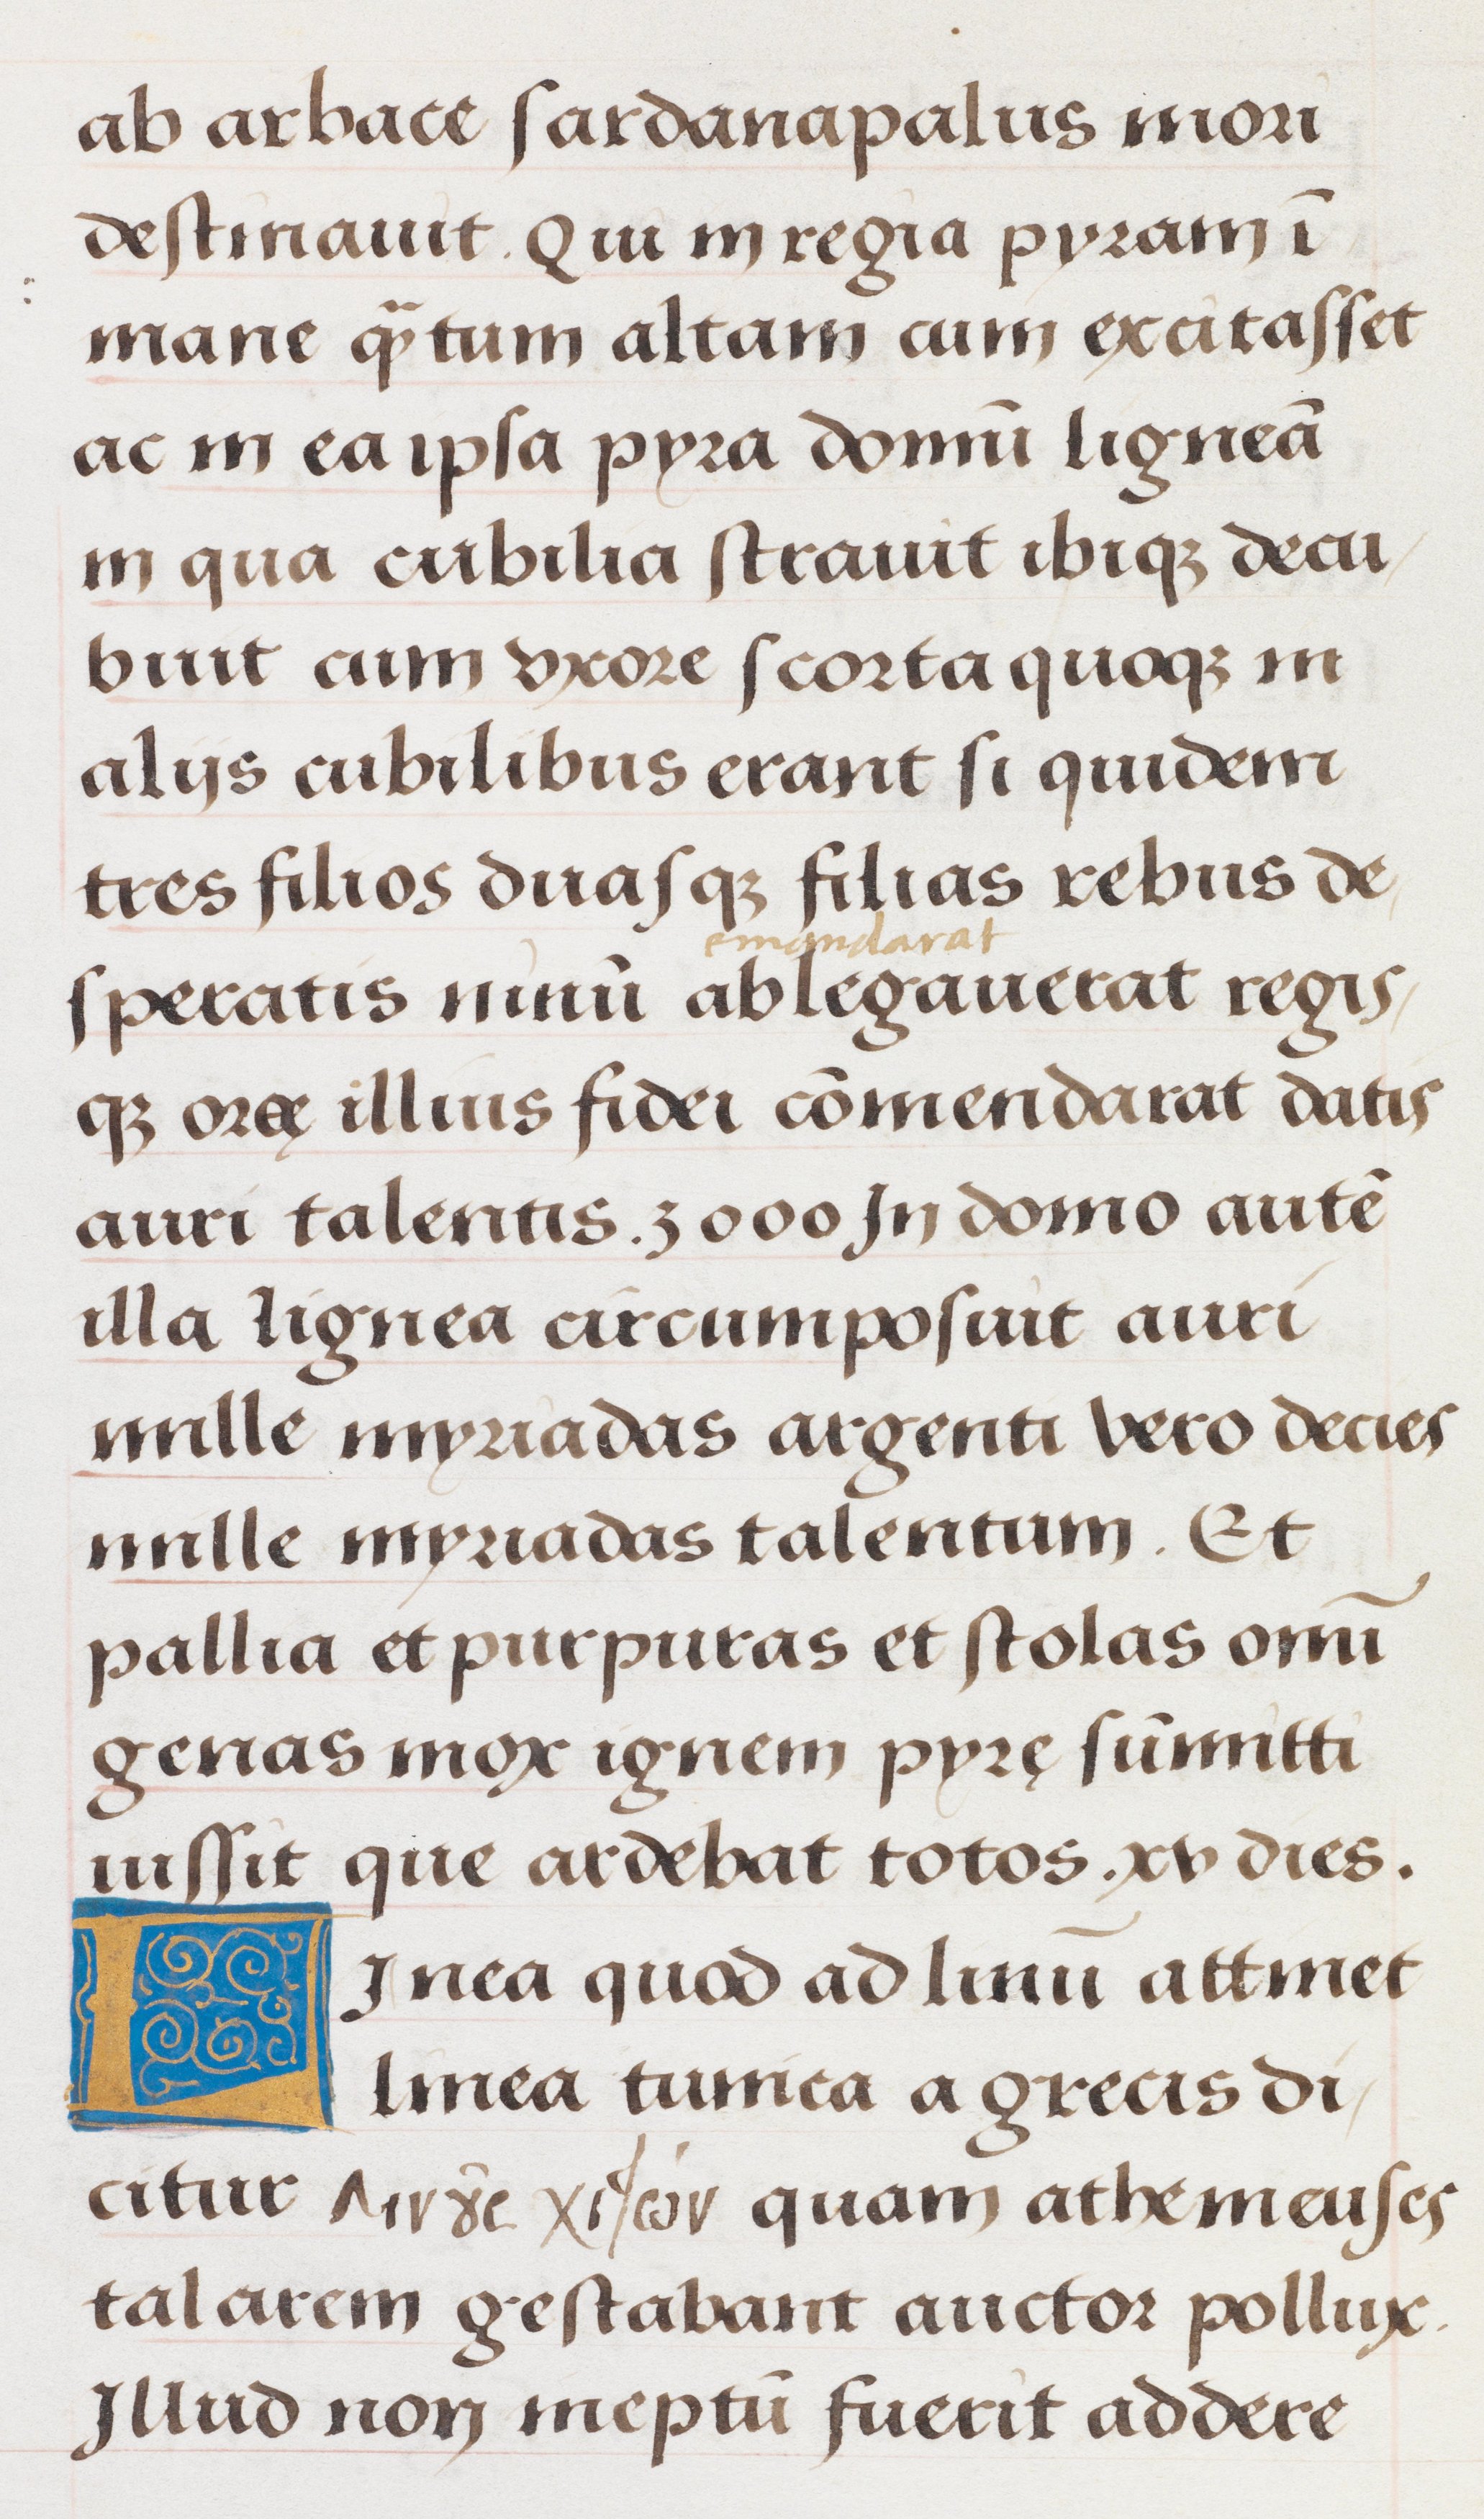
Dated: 1500–1549